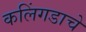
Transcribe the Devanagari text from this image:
कलिंगडाचे